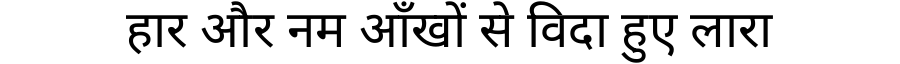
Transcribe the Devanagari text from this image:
हार और नम आँखों से विदा हुए लारा